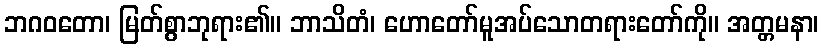
ဘဂဝတော၊ မြတ်စွာဘုရား၏။ ဘာသိတံ၊ ဟောတော်မူအပ်သောတရားတော်ကို။ အတ္တမနာ၊